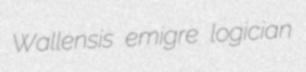
Wallensis emigre logician